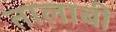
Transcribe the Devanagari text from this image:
तालाबी